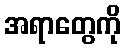
အရာတွေကို